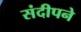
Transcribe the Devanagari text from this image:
संदीपने